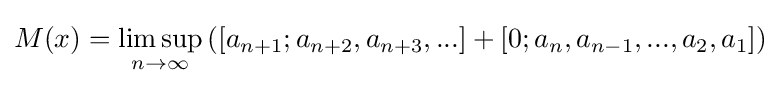
M(x)=\limsup _{n\to \infty }{([a_{n+1};a_{n+2},a_{n+3},...]+[0;a_{n},a_{n-1},...,a_{2},a_{1}])}